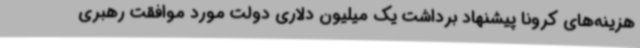
هزینه‌های کرونا پیشنهاد برداشت یک میلیون دلاری دولت مورد موافقت رهبری